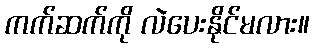
ကက်ဆက်ကို လဲပေးနိုင်မလား။